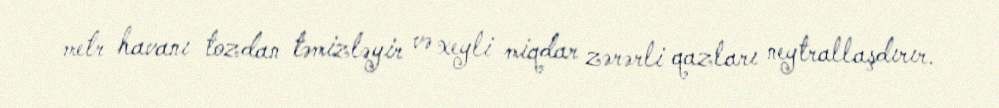
metr havanı tozdan təmizləyir və xeyli miqdar zərərli qazları neytrallaşdırır.